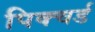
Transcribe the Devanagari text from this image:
पिक्चर्ड